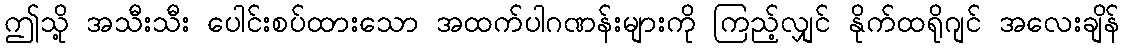
ဤသို့ အသီးသီး ပေါင်းစပ်ထားသော အထက်ပါဂဏန်းများကို ကြည့်လျှင် နိုက်ထရိုဂျင် အလေးချိန်